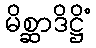
မိစ္ဆာဒိဋ္ဌိံ